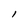
Character: l